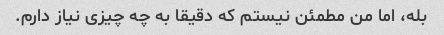
بله، اما من مطمئن نیستم که دقیقا به چه چیزی نیاز دارم.